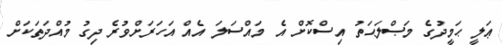
ޢަލީ ޙަމީދުގެ މަޞްލަޙަތު އިސްކޮށް އެ މައްސަލަ އެއް އަހަރަށްވުރެ ދިގު މުއްދަތަކަށް